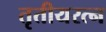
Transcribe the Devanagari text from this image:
तृतीयरत्न